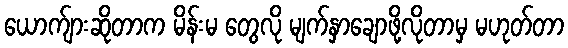
ယောက်ျားဆိုတာက မိန်းမ တွေလို မျက်နှာချောဖို့လိုတာမှ မဟုတ်တာ